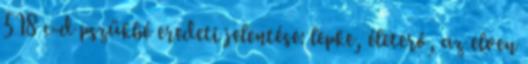
518 c-d pszükhé eredeti jelentése: lepke, életerő, az elven